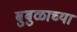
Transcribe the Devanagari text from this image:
बुबुळाच्या